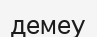
демеу